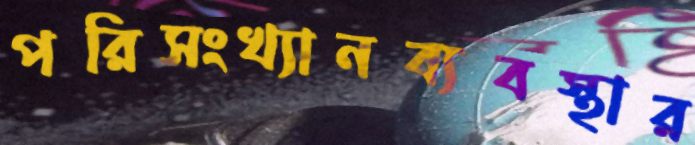
পরিসংখ্যানব্যবস্থার